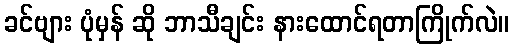
ခင်ဗျား ပုံမှန် ဆို ဘာသီချင်း နားထောင်ရတာကြိုက်လဲ။